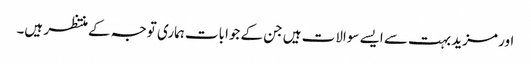
اور مزید بہت سے ایسے سوالات ہیں جن کے جوابات ہماری توجہ کے منتظر ہیں۔